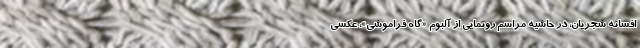
افسانه شجریان، در حاشیه مراسم رونمایی از آلبوم «گاه فراموشی»، عکسی